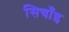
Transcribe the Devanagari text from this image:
सिचाँइ